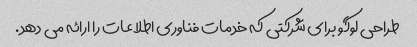
طراحی لوگو برای شرکتی که خدمات فناوری اطلاعات را ارائه می دهد.